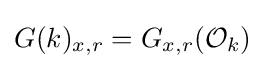
G(k)_{x,r}=G_{x,r}({\mathcal {O}}_{k})